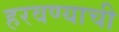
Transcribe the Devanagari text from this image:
हरवण्याची